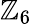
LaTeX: \mathbb{Z}_{6}